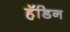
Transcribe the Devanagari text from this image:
हॅडिन